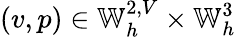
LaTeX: (v,p)\in\mathbb{W}_{h}^{2,V}\times\mathbb{W}_{h}^{3}